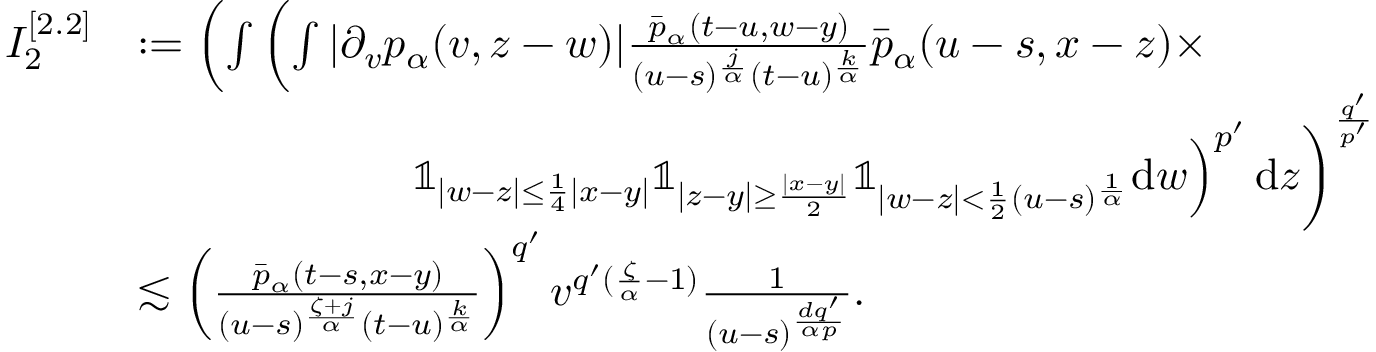
\begin{array} { r l } { I _ { 2 } ^ { [ 2 . 2 ] } } & { : = \left( \int \left( \int | \partial _ { v } p _ { \alpha } ( v , z - w ) | \frac { \bar { p } _ { \alpha } ( t - u , w - y ) } { ( u - s ) ^ { \frac { j } { \alpha } } ( t - u ) ^ { \frac { k } { \alpha } } } \bar { p } _ { \alpha } ( u - s , x - z ) \times \right. \right. } \\ & { \qquad \qquad \qquad \left. \left. \mathbb { 1 } _ { | w - z | \leq \frac { 1 } { 4 } | x - y | } \mathbb { 1 } _ { | z - y | \geq \frac { | x - y | } { 2 } } \mathbb { 1 } _ { | w - z | < \frac { 1 } { 2 } ( u - s ) ^ { \frac { 1 } { \alpha } } } \mathrm { d } w \right) ^ { p ^ { \prime } } \mathrm { d } z \right) ^ { \frac { q ^ { \prime } } { p ^ { \prime } } } } \\ & { \lesssim \left( \frac { \bar { p } _ { \alpha } ( t - s , x - y ) } { ( u - s ) ^ { \frac { \zeta + j } { \alpha } } ( t - u ) ^ { \frac { k } { \alpha } } } \right) ^ { q ^ { \prime } } v ^ { q ^ { \prime } ( \frac { \zeta } { \alpha } - 1 ) } \frac { 1 } { ( u - s ) ^ { \frac { d q ^ { \prime } } { \alpha p } } } . } \end{array}